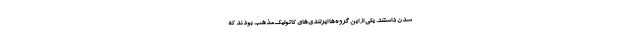
شدن داشتند. یکی از این گروه‌ها ایرلندی‌های کاتولیک‌مذهب بودند که